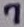
Text: 7